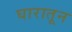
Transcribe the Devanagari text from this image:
घारातून